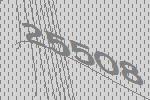
25508